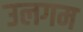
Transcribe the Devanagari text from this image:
उलगम